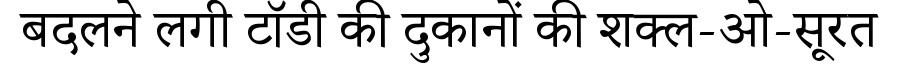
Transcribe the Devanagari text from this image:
बदलने लगी टॉडी की दुकानों की शक्ल-ओ-सूरत